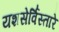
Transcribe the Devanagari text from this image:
यशसेर्विस्तारे